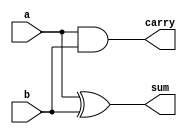
module ha(a, b, sum, carry);

input a;

input b;

output sum;

output carry;

assign carry=a&b;                           //This is same as and(carry,a,b)

assign sum=a^b;           //                  ?This is same as xor(sum,a,b)

endmodule